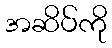
အဆိပ်ကို